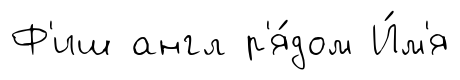
Ф'иш англ р'я́дом И́м'я